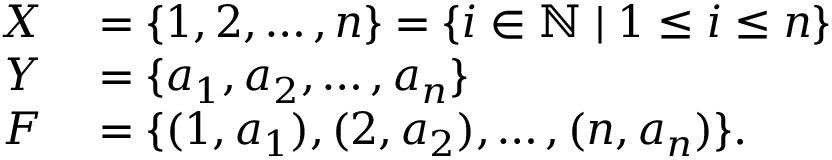
\begin{array} { r l } { X } & { { } = \{ 1 , 2 , \dots , n \} = \{ i \in \mathbb { N } \mid 1 \leq i \leq n \} } \\ { Y } & { { } = \{ a _ { 1 } , a _ { 2 } , \ldots , a _ { n } \} } \\ { F } & { { } = \{ ( 1 , a _ { 1 } ) , ( 2 , a _ { 2 } ) , \ldots , ( n , a _ { n } ) \} . } \end{array}